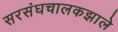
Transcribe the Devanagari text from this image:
सरसंघचालकझाले